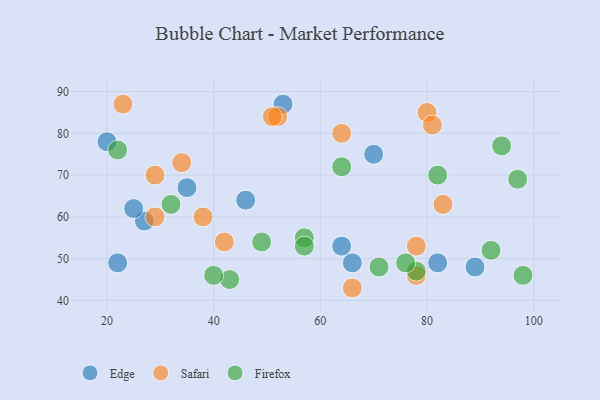
{"axis": {"x": "GDP", "y": "Life Expectancy"}, "legend": ["Edge", "Firefox", "Safari"], "data": [{"x": "27", "y": 59, "type": "Edge"}, {"x": "25", "y": 62, "type": "Edge"}, {"x": "53", "y": 87, "type": "Edge"}, {"x": "82", "y": 49, "type": "Edge"}, {"x": "20", "y": 78, "type": "Edge"}, {"x": "89", "y": 48, "type": "Edge"}, {"x": "66", "y": 49, "type": "Edge"}, {"x": "35", "y": 67, "type": "Edge"}, {"x": "70", "y": 75, "type": "Edge"}, {"x": "46", "y": 64, "type": "Edge"}, {"x": "64", "y": 53, "type": "Edge"}, {"x": "22", "y": 49, "type": "Edge"}, {"x": "80", "y": 85, "type": "Safari"}, {"x": "66", "y": 43, "type": "Safari"}, {"x": "34", "y": 73, "type": "Safari"}, {"x": "78", "y": 46, "type": "Safari"}, {"x": "38", "y": 60, "type": "Safari"}, {"x": "78", "y": 53, "type": "Safari"}, {"x": "52", "y": 84, "type": "Safari"}, {"x": "29", "y": 70, "type": "Safari"}, {"x": "42", "y": 54, "type": "Safari"}, {"x": "83", "y": 63, "type": "Safari"}, {"x": "81", "y": 82, "type": "Safari"}, {"x": "51", "y": 84, "type": "Safari"}, {"x": "29", "y": 60, "type": "Safari"}, {"x": "64", "y": 80, "type": "Safari"}, {"x": "23", "y": 87, "type": "Safari"}, {"x": "57", "y": 55, "type": "Firefox"}, {"x": "32", "y": 63, "type": "Firefox"}, {"x": "78", "y": 47, "type": "Firefox"}, {"x": "57", "y": 53, "type": "Firefox"}, {"x": "98", "y": 46, "type": "Firefox"}, {"x": "22", "y": 76, "type": "Firefox"}, {"x": "64", "y": 72, "type": "Firefox"}, {"x": "97", "y": 69, "type": "Firefox"}, {"x": "94", "y": 77, "type": "Firefox"}, {"x": "82", "y": 70, "type": "Firefox"}, {"x": "76", "y": 49, "type": "Firefox"}, {"x": "71", "y": 48, "type": "Firefox"}, {"x": "43", "y": 45, "type": "Firefox"}, {"x": "92", "y": 52, "type": "Firefox"}, {"x": "49", "y": 54, "type": "Firefox"}, {"x": "40", "y": 46, "type": "Firefox"}]}